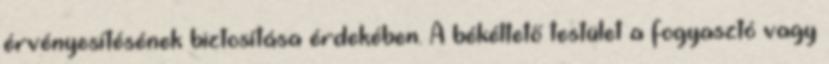
érvényesítésének biztosítása érdekében. A békéltető testület a fogyasztó vagy